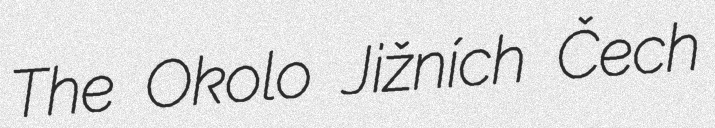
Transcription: The Okolo Jižních Čech